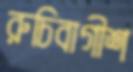
রুচিবাগীশ